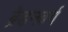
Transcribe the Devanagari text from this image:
ब्रेडनबर्ग